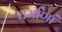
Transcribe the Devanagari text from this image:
धर्माणां